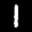
Label: 1